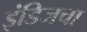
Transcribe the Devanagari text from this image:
इंडिजचा